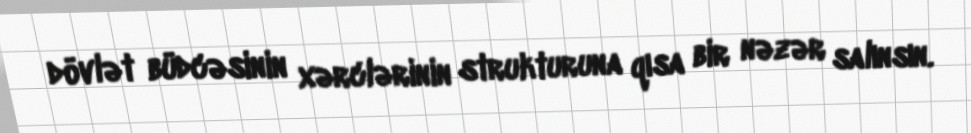
dövlət büdcəsinin xərclərinin strukturuna qısa bir nəzər salınsın.